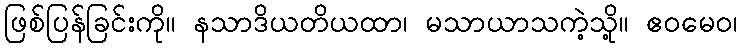
ဖြစ်ပြန်ခြင်းကို။ နသာဒိယတိယထာ၊ မသာယာသကဲ့သို့။ ဧဝမေဝ၊